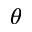
\theta